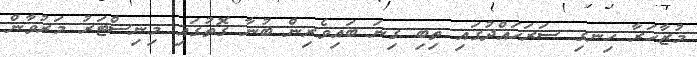
މުޒާހަރާ ހިނގި ސަރަހައްދުގައި ތިބި ގިނަ ބައިވެރިން ބުނާ ގޮތުގައި މިނިސްޓަރު މަރުވާން